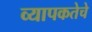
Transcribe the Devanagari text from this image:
व्यापकतेचे